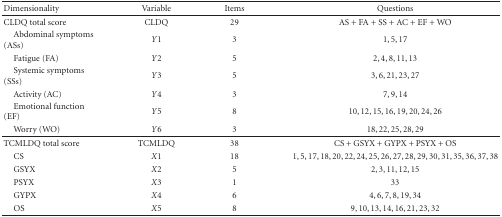
<table><thead><tr><td><b>Dimensionality</b></td><td><b>Variable</b></td><td><b>Items</b></td><td><b>Questions</b></td></tr></thead><tbody><tr><td>CLDQ total score</td><td>CLDQ</td><td>29</td><td>AS + FA + SS + AC + EF + WO</td></tr><tr><td> Abdominal symptoms (ASs)</td><td><i>Y</i>1</td><td>3</td><td>1, 5, 17</td></tr><tr><td> Fatigue (FA)</td><td><i>Y</i>2</td><td>5</td><td>2, 4, 8, 11, 13</td></tr><tr><td> Systemic symptoms (SSs)</td><td><i>Y</i>3</td><td>5</td><td>3, 6, 21, 23, 27</td></tr><tr><td> Activity (AC)</td><td><i>Y</i>4</td><td>3</td><td>7, 9, 14</td></tr><tr><td> Emotional function (EF)</td><td><i>Y</i>5</td><td>8</td><td>10, 12, 15, 16, 19, 20, 24, 26</td></tr><tr><td> Worry (WO)</td><td><i>Y</i>6</td><td>3</td><td>18, 22, 25, 28, 29</td></tr><tr><td>TCMLDQ total score</td><td>TCMLDQ</td><td>38</td><td>CS + GSYX + GYPX + PSYX + OS</td></tr><tr><td> CS</td><td><i>X</i>1</td><td>18</td><td>1, 5, 17, 18, 20, 22, 24, 25, 26, 27, 28, 29, 30, 31, 35, 36, 37, 38</td></tr><tr><td> GSYX</td><td><i>X</i>2</td><td>5</td><td>2, 3, 11, 12, 15</td></tr><tr><td> PSYX</td><td><i>X</i>3</td><td>1</td><td>33</td></tr><tr><td> GYPX</td><td><i>X</i>4</td><td>6</td><td>4, 6, 7, 8, 19, 34</td></tr><tr><td> OS</td><td><i>X</i>5</td><td>8</td><td>9, 10, 13, 14, 16, 21, 23, 32</td></tr></tbody></table>